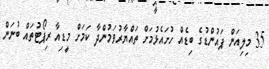
35 މިލިއަން ޕައުންޑުގެ ބިޑެއް ހުށައެޅުމަށް ތައްޔާރުވަމުންދާ ކަމަށް މީޑިއާ ރިޕޯޓުތައް ބުނަން